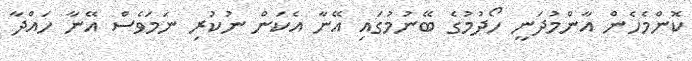
ކޮންމެހެން އާންމުދަނީ ހޯދުމުގެ ބޭނުމުގައި އޭނާ އެކަން ނުކުރި ނަމަވެސް އޭނާ ހައްދާ